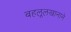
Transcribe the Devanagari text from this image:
बहलूलखानाने